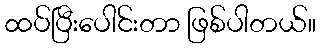
ထပ်ပြီးပေါင်းတာ ဖြစ်ပါတယ်။